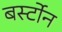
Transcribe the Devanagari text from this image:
बर्स्टोन